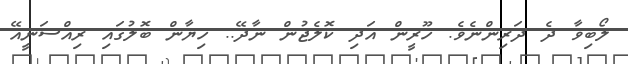
ލޯބިވާ ދެ ދަރިންނެވެ. ހޫރީން އަދި ކޮލެޖުން ނާދޭ.. ހިޔާން ބޮލުގައި ރިއްސަނީއޭ